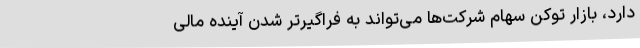
دارد، بازار توکن سهام شرکت‌ها می‌تواند به فراگیرتر شدن آینده مالی